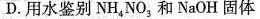
D.用水鉴别NH_{4}NO_{3}和NaOH固体